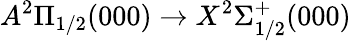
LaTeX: A^{2}\Pi_{1/2}(000)\rightarrow X^{2}\Sigma_{1/2}^{+}(000)